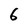
Character: 6